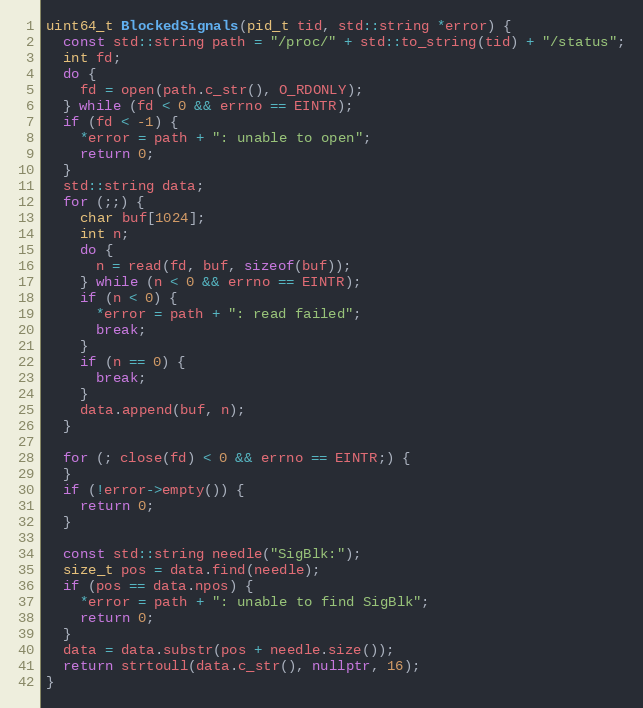
Language: C++
uint64_t BlockedSignals(pid_t tid, std::string *error) {
  const std::string path = "/proc/" + std::to_string(tid) + "/status";
  int fd;
  do {
    fd = open(path.c_str(), O_RDONLY);
  } while (fd < 0 && errno == EINTR);
  if (fd < -1) {
    *error = path + ": unable to open";
    return 0;
  }
  std::string data;
  for (;;) {
    char buf[1024];
    int n;
    do {
      n = read(fd, buf, sizeof(buf));
    } while (n < 0 && errno == EINTR);
    if (n < 0) {
      *error = path + ": read failed";
      break;
    }
    if (n == 0) {
      break;
    }
    data.append(buf, n);
  }

  for (; close(fd) < 0 && errno == EINTR;) {
  }
  if (!error->empty()) {
    return 0;
  }

  const std::string needle("SigBlk:");
  size_t pos = data.find(needle);
  if (pos == data.npos) {
    *error = path + ": unable to find SigBlk";
    return 0;
  }
  data = data.substr(pos + needle.size());
  return strtoull(data.c_str(), nullptr, 16);
}